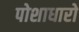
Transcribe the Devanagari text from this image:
पोशाधारो